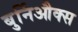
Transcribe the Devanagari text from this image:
बुर्निऔक्स